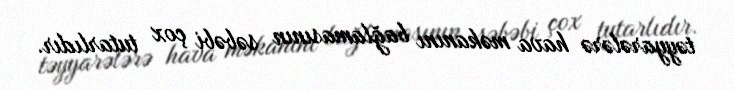
təyyarələrə hava məkanını bağlamasının səbəbi çox tutarlıdır.